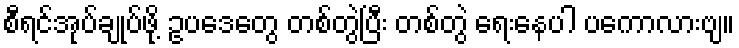
စီရင်အုပ်ချုပ်ဖို့ ဥပဒေတွေ တစ်တွဲပြီး တစ်တွဲ ရေးနေပါ ပကောလားဗျ။